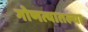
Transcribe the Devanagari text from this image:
गोणत्यातल्या